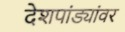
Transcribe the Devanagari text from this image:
देशपांड्यांवर